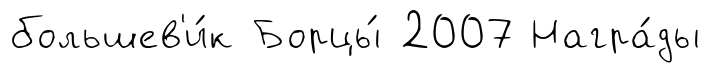
большев'и́к Борцы́ 2007 Награ́ды